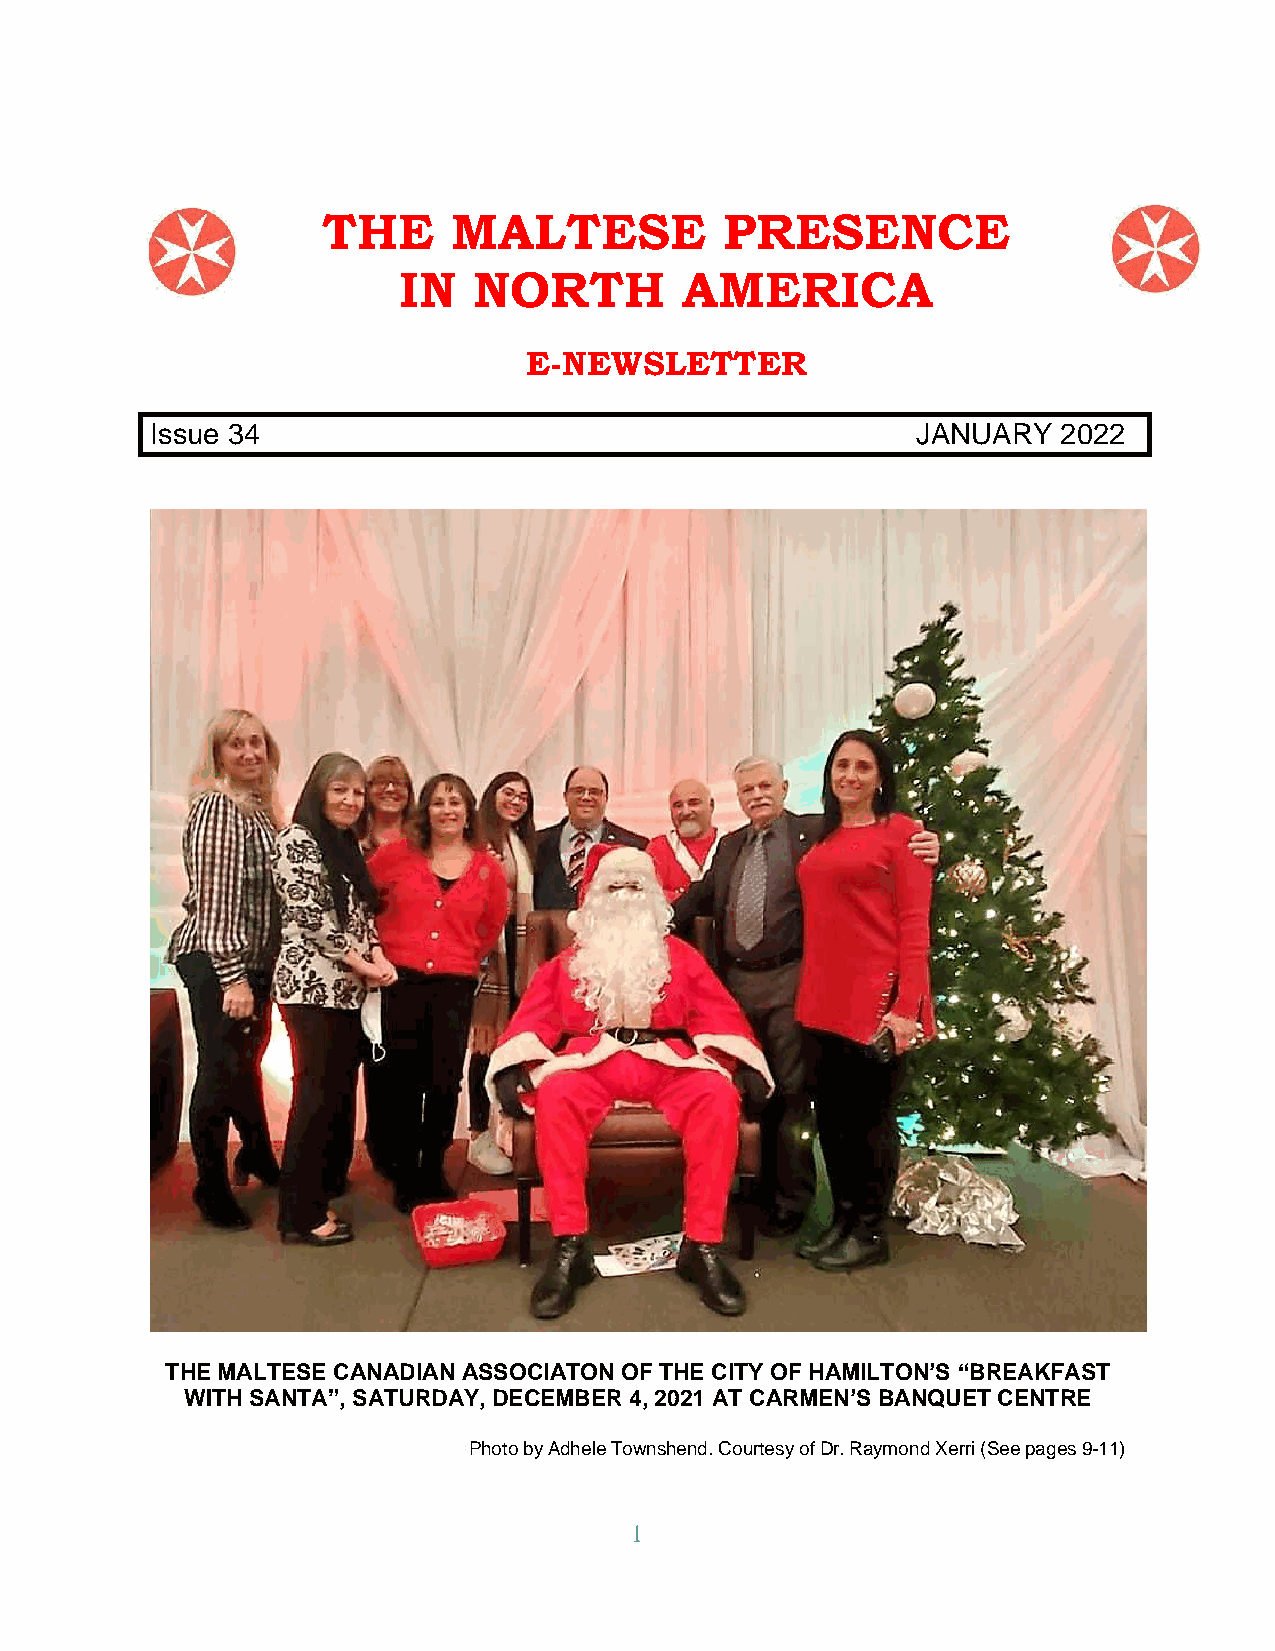
THE      MALTESE           PRESENCE
 IN   NORTH         AMERICA
 E-NEWSLETTER
 Issue 34                                           JANUARY  2022
 THE MALTESE CANADIAN ASSOCIATON OF THE CITY OF HAMILTON’S “BREAKFAST
 WITH SANTA”, SATURDAY, DECEMBER 4, 2021 AT CARMEN’S BANQUET CENTRE
 Photo by Adhele Townshend. Courtesy of Dr. Raymond Xerri (See pages 9-11)
 1